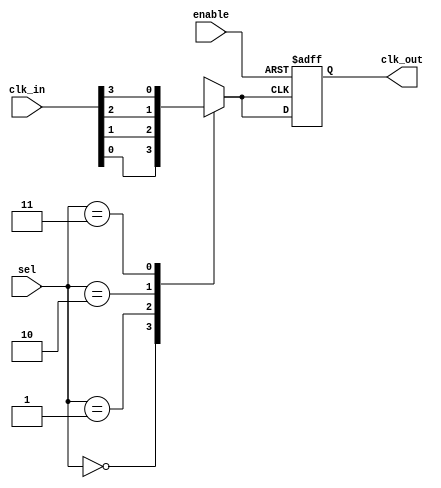
module ClockMultiplexerBuffer #(
    parameter NUM_CLKS = 4  // Parameter for number of input clocks (C0, C1, C2, C3)
)(
    input wire [NUM_CLKS-1:0] clk_in,   // Input clock sources
    input wire [$clog2(NUM_CLKS)-1:0] sel, // Selection signal for clock inputs
    input wire enable,                   // Clock gating control
    output reg clk_out                   // Output clock
);
    // Intermediate signal for selected clock
    wire selected_clk;

    // Clock selection logic
    always @(*) begin
        case (sel)
            2'b00: selected_clk = clk_in[0];
            2'b01: selected_clk = clk_in[1];
            2'b10: selected_clk = clk_in[2];
            2'b11: selected_clk = clk_in[3];
            default: selected_clk = clk_in[0]; // Default case
        endcase
    end

    // Output clock logic with clock gating
    always @(posedge selected_clk or negedge enable) begin
        if (!enable) begin
            clk_out <= 1'b0; // Disable the output clock
        end else begin
            clk_out <= selected_clk; // Pass the selected clock to output
        end
    end
endmodule